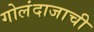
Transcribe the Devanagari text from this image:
गोलंदाजाची